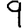
Digit: 9